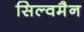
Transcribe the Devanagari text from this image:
सिल्वमैन